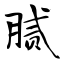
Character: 腻